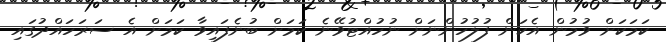
ކަމަކަށް ވުމުން އެކަން ފުލުހުންނަށް ނުހުއްޓުވޭނެ ކަމަށް ބުނެފައިވާ ކަމަށް އެ ސަރަހައްދުގައި